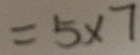
= 5 \times 7